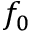
f _ { 0 }